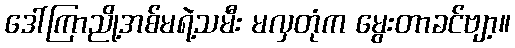
ဒေါ်ကြာညို့အစ်မရဲ့သမီး မလှတုံက မွေးတာခင်ဗျာ့။